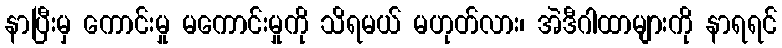
နာပြီးမှ ကောင်းမှု မကောင်းမှုကို သိရမယ် မဟုတ်လား၊ အဲဒီဂါထာများကို နာရရင်